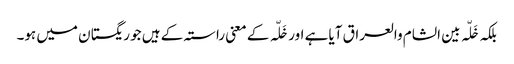
بلکہ خَلّہ بین الشام والعراق آیا ہے اور خَلّہ کے معنی راستہ کے ہیں جو ریگستان میں ہو۔